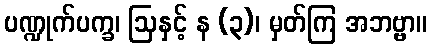
ပဏ္ဍုက်ပက္ခ၊ ဩနှင့် န (၃)၊ မှတ်ကြ အဘဗ္ဗာ။